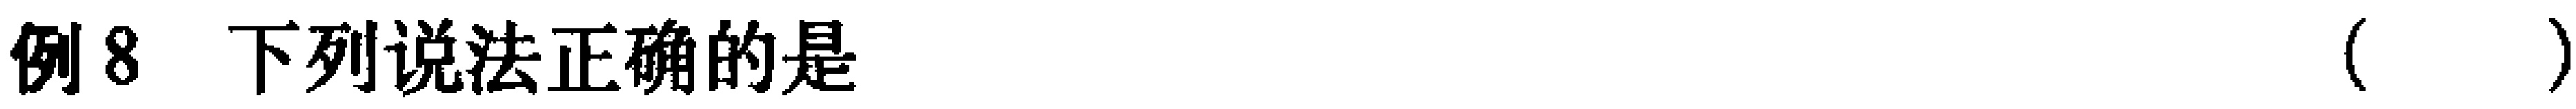
例8 下列说法正确的是（  ）